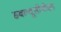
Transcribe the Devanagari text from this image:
डबल्यूसीबीएस